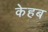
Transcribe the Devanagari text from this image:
केहब